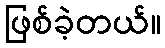
ဖြစ်ခဲ့တယ်။